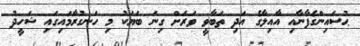
ޙުސައިންގެފާނާއި އާއިލާގެ އަދި ތަބާވީ ވަރަށް ގިނަ ބަޔަކު މި ހަނގުރާމައިގައި ޝަހީދު